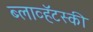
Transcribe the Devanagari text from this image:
ब्लाव्हॅटस्की